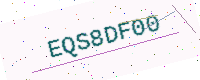
Text: EQS8DF00